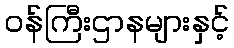
ဝန်ကြီးဌာနများနှင့်